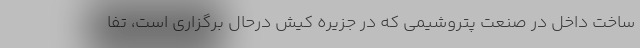
ساخت داخل در صنعت پتروشیمی که در جزیره کیش درحال برگزاری است، تفا